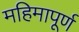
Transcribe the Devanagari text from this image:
महिमापूर्ण